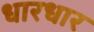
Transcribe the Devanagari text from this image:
धारधार